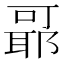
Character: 𬚞